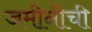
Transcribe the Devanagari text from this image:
जमीनीची